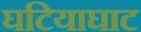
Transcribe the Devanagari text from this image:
घटियाघाट